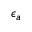
\epsilon _ { a }